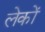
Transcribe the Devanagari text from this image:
लेकों